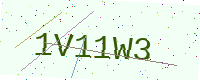
Text: 1V11W3